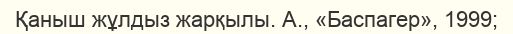
Қаныш жұлдыз жарқылы. А., «Баспагер», 1999;